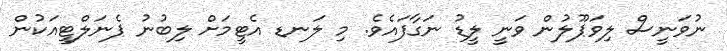
ނުވަނީސް ލިވަޕޫލުން ވަނީ ލީޑު ނަގާފައެވެ. މި ލަނޑ އެޓީމަށް ލިބުނު ޕެނަލްޓީއަކުން